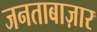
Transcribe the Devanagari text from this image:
जनताबाज़ार